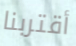
أقتربنا